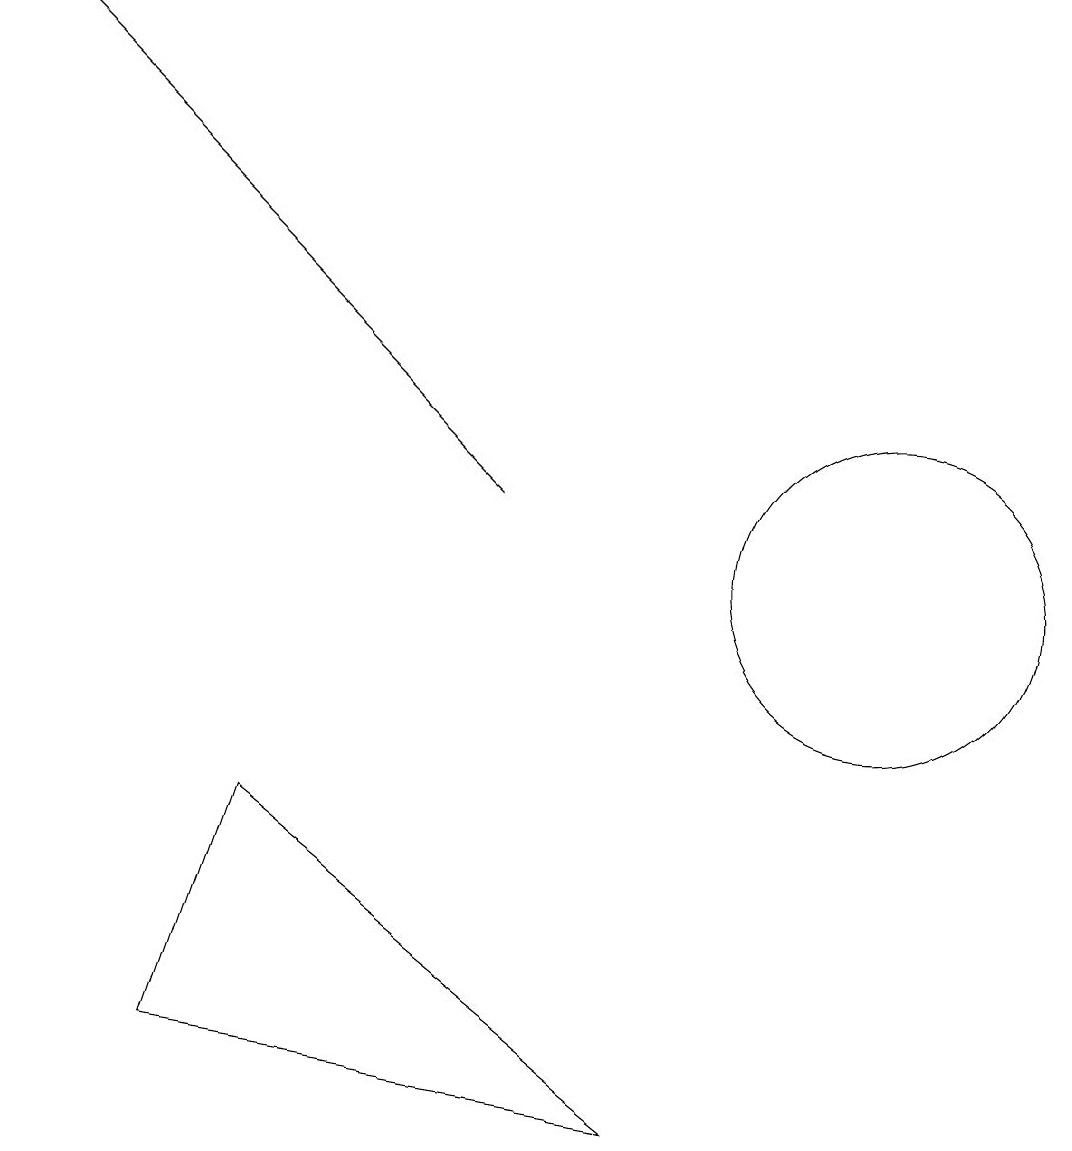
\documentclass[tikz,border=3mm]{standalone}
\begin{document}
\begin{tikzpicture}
\draw (11,10) circle (2);
\draw[->] (6,11) -- (0,17);
\draw (3,7) -- (8,3) -- (2,4) -- cycle;
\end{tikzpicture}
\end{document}